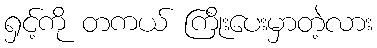
ရှင့်ကို တကယ် ကြိုးပေးမှာတဲ့လား